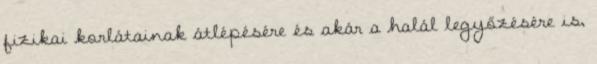
fizikai korlátainak átlépésére és akár a halál legyőzésére is,